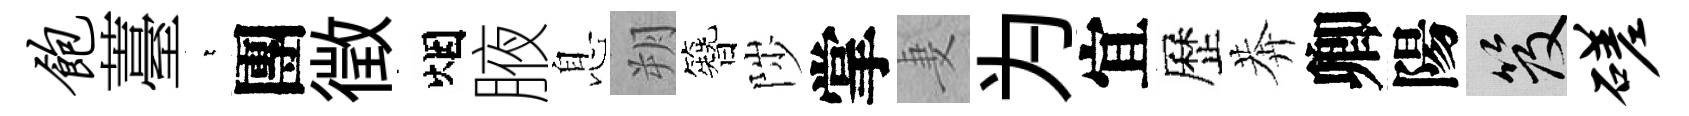
饱薹萋團徵烟腋息朔簪陟掌妻为宜歷莾卿陽笈磋